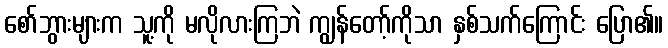
စော်ဘွားများက သူ့ကို မလိုလားကြဘဲ ကျွန်တော့်ကိုသာ နှစ်သက်ကြောင်း ပြော၏။